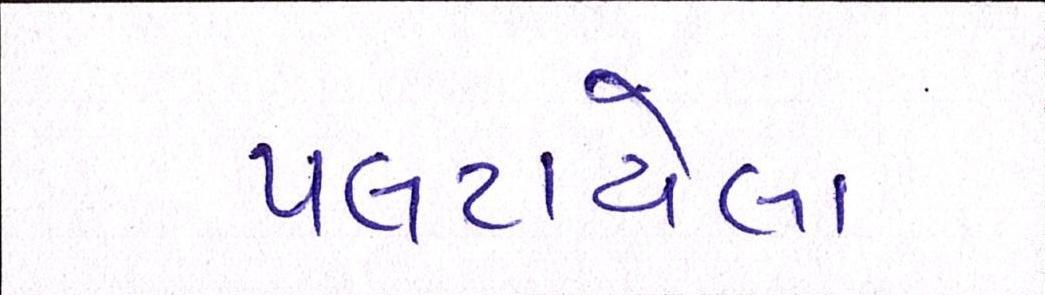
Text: પલટાયેલા